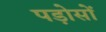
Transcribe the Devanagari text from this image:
पड़ोसों